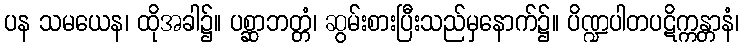
ပန သမယေန၊ ထိုအခါ၌။ ပစ္ဆာဘတ္တံ၊ ဆွမ်းစားပြီးသည်မှနောက်၌။ ပိဏ္ဍပါတပဋိက္ကန္တာနံ၊